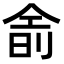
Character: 𬾮